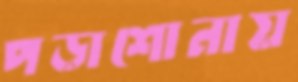
পড়াশোনায়